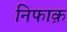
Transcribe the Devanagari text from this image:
निफाक़